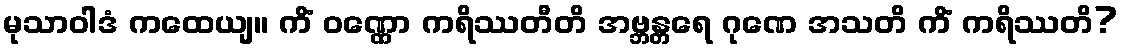
မုသာဝါဒံ ကထေယျ။ ကိံ ဝဏ္ဏော ကရိဿတီတိ အဗ္ဘန္တရေ ဂုဏေ အသတိ ကိံ ကရိဿတိ?